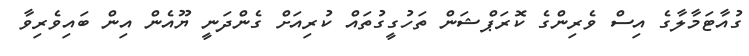
ގުއާޓަމާލާގެ އިސް ވެރިންގެ ކޮރަޕްޝަން ތަހުގީގުތައް ކުރިއަށް ގެންދަނީ ޔޫއެން އިން ބައިވެރިވާ